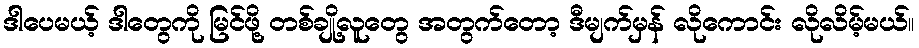
ဒါပေမယ့် ဒါတွေကို မြင်ဖို့ တစ်ချို့လူတွေ အတွက်တော့ ဒီမျက်မှန် လိုကောင်း လိုလိမ့်မယ်။